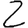
Digit: 2